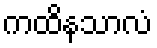
ကထိနသာလံ